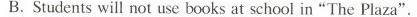
B.Studentswill not use books at school in "The Plaza".